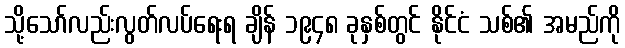
သို့သော်လည်းလွတ်လပ်ရေးရ ချိန် ၁၉၄၈ ခုနှစ်တွင် နိုင်ငံ သစ်၏ အမည်ကို